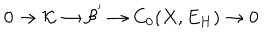
LaTeX: 0 \rightarrow { \cal K } \rightarrow { \cal B ^ { ' } } \rightarrow C _ { 0 } ( X , E _ { H } ) \rightarrow 0